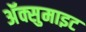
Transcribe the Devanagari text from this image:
अॅक्सुमाइट